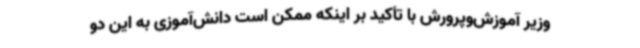
وزیر آموزش‌وپرورش با تأکید بر اینکه ممکن است دانش‌آموزی به این دو